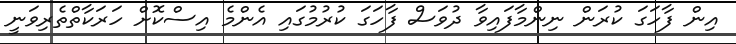
އިން ފާހަގަ ކުރަން ނިންމާފައިވާ ދުވަސް ފާހަގަ ކުރުމުގައި އެންމެ އިސްކޮށް ހަރަކާތްތެރިވަނީ